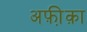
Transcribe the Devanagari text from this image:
अफ़ी़क़ा